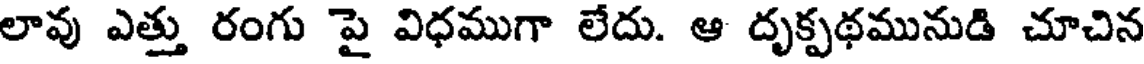
లావు ఎత్తు రంగు పై విధముగా లేదు. ఆ దృక్పథమునుడి చూచిన